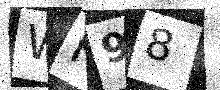
Text: WH98